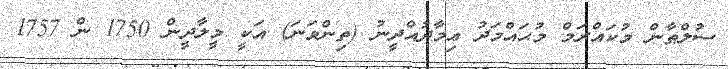
ސުލްޠާން މުކައްރަމް މުޙައްމަދު ޢިމާދުއްދީނު (ތިންވަނަ) އަކީ މީލާދީން 1750 ން 1757